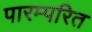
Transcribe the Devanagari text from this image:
पारम्परित